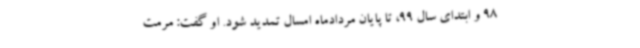
98 و ابتدای سال 99، تا پایان مردادماه امسال تمدید شود. او گفت: مرمت